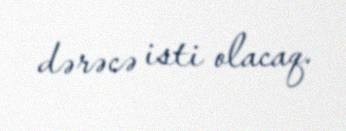
dərəcə isti olacaq.